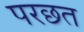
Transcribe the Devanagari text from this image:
परछत